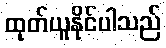
ထုတ်ယူနိုင်ပါသည်